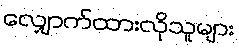
လျှောက်ထားလိုသူများ